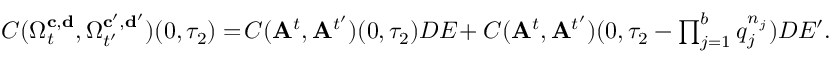
\begin{array} { r } { C ( \Omega _ { t } ^ { \mathbf { c } , \mathbf { d } } , \Omega _ { t ^ { \prime } } ^ { \mathbf { c ^ { \prime } } , \mathbf { d ^ { \prime } } } ) ( 0 , \tau _ { 2 } ) = \! C ( \mathbf { A } ^ { t } , \mathbf { A } ^ { t ^ { \prime } } ) ( 0 , \tau _ { 2 } ) D E \! + C ( \mathbf { A } ^ { t } , \mathbf { A } ^ { t ^ { \prime } } ) ( 0 , \tau _ { 2 } - \prod _ { j = 1 } ^ { b } q _ { j } ^ { n _ { j } } ) D E ^ { \prime } . } \end{array}